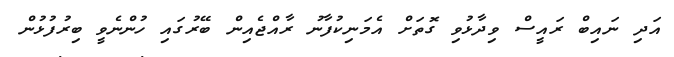
އަދި ނައިބް ރައީސް ވިދާޅުވި ގޮތަށް އެމަނިކުފާނު ރާއްޖެއިން ބޭރުގައި ހުުންނެވީ ބިރުފުޅުން